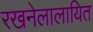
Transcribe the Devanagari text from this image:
रखनेलालायित